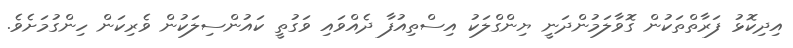
އިދިކޮޅު ފަރާތްތަކުން ގޮވާލަމުންދަނީ ޔިންގްލަކު އިސްތިއުފާ ދެއްވައި ވަގުތީ ކައުންސިލަކުން ވެރިކަން ހިންގުމަށެވެ.